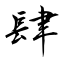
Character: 肆